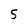
Character: 5